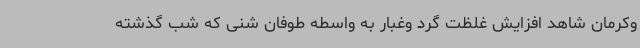
وکرمان شاهد افزایش غلظت گرد وغبار به‌ واسطه طوفان شنی که شب گذشته